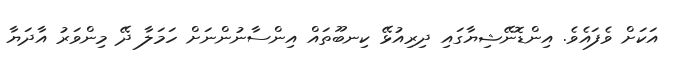
އަކަށް ވެފައެވެ. އިންޑޮނޭޝިޔާގައި ދިރިއުޅޭ ކިނބޫތައް އިންސާނުންނަށް ހަމަލާ ދޭ މިންވަރު އާދަޔާ